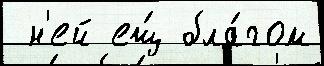
 н'ей ещ́ бла́гом